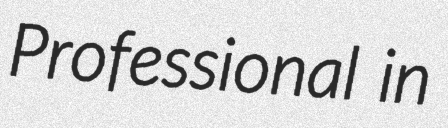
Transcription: Professional in